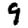
Digit: 9